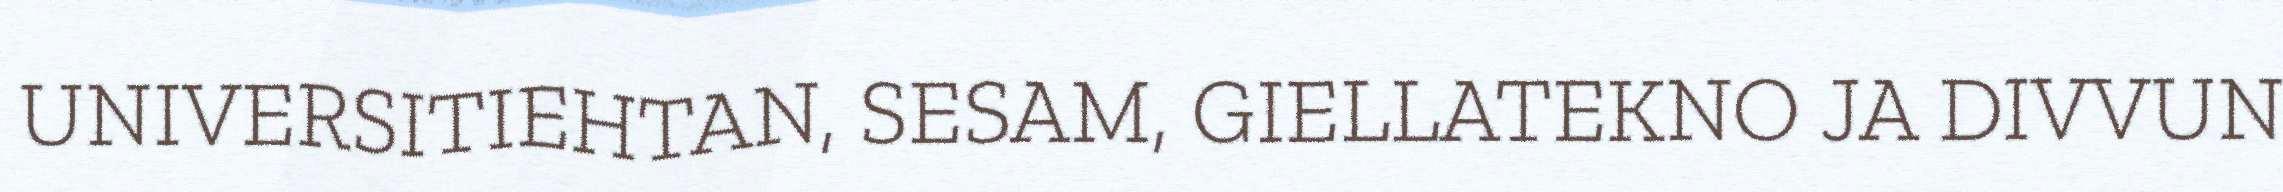
UNIVERSITIEHTAN, SESAM, GIELLATEKNO JA DIVVUN